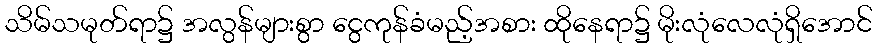
သိမ်သမုတ်ရာ၌ အလွန်များစွာ ငွေကုန်ခံမည့်အစား ထိုနေရာ၌ မိုးလုံလေလုံရှိအောင်